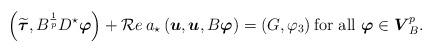
LaTeX: \begin{align*}\left(\widetilde {\boldsymbol\tau},B^{\frac{1}{p}} D^\star{\boldsymbol\varphi}\right)+{\cal R}e\, a_\star\left({ \boldsymbol u},{ \boldsymbol u},B{\boldsymbol\varphi}\right)=\left(G,\varphi_3\right) \mbox{for all} \ {\boldsymbol\varphi}\in \boldsymbol V_B^{p}.\end{align*}